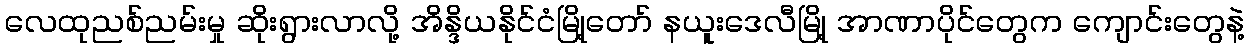
လေထုညစ်ညမ်းမှု ဆိုးရွားလာလို့ အိန္ဒိယနိုင်ငံမြို့တော် နယူးဒေလီမြို့ အာဏာပိုင်တွေက ကျောင်းတွေနဲ့